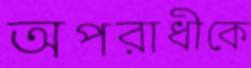
অপরাধীকে